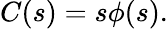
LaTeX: C(s)=s\phi(s).